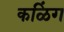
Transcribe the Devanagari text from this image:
कळिंग